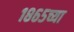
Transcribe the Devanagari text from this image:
१८६५च्या